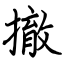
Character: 撤